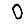
Digit: 0